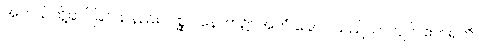
အဘယ်သို့ဆင်ခြင်သနည်း။ ပစ္ဆာ၊ နောက်၌။ အဟံ ခေါ၊ ငါသည်သာလျင်။ ဧတရတိ၊